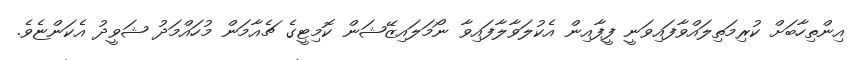
އިންތިހާބަށް ކުރިމަތިލައްވާފައިވަނީ ފީފާއިން އެކުލަވާލާފައިވާ ނޯމަލައިޒޭޝަން ކޮމިޓީގެ ޗެއާމަން މުހައްމަދު ޝަވީދު އެކަންޏެވެ.